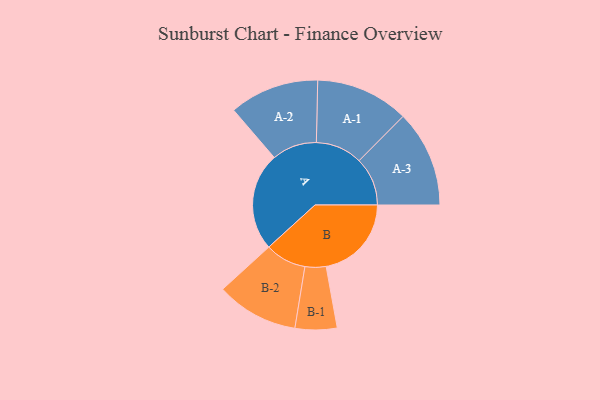
{"axis": {"x": "Segment", "y": "Value"}, "legend": ["", "A", "B"], "data": [{"x": "A", "y": 497, "type": ""}, {"x": "B", "y": 432, "type": ""}, {"x": "A-1", "y": 236, "type": "A"}, {"x": "A-2", "y": 227, "type": "A"}, {"x": "A-3", "y": 245, "type": "A"}, {"x": "B-1", "y": 106, "type": "B"}, {"x": "B-2", "y": 208, "type": "B"}]}